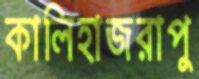
কালিহাজরাপু